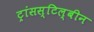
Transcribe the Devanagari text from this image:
ट्रांसस्टिल्बीन